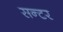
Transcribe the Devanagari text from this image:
सन्टर